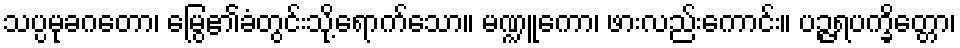
သပ္ပမုခဂတော၊ မြွေ၏ခံတွင်းသို့ရောက်သော။ မဏ္ဍူကော၊ ဖားလည်းကောင်း။ ပဉ္ဇရပက္ခိတ္တော၊